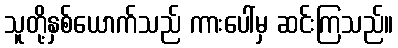
သူတို့နှစ်ယောက်သည် ကားပေါ်မှ ဆင်းကြသည်။